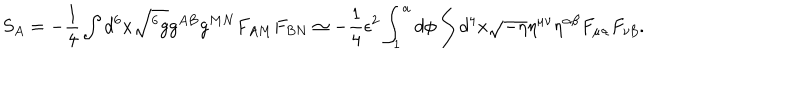
S _ { A } = - \frac { 1 } { 4 } \int d ^ { 6 } x \sqrt { ^ 6 g } g ^ { A B } g ^ { M N } F _ { A M } F _ { B N } \simeq - \frac { 1 } { 4 } \epsilon ^ { 2 } \int _ { 1 } ^ { a } d \phi \int d ^ { 4 } x \sqrt { - \eta } \eta ^ { \mu \nu } \eta ^ { \alpha \beta } F _ { \mu \alpha } F _ { \nu \beta } .